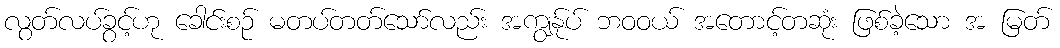
လွတ်လပ်ခွင့်ဟု ခေါင်းစဉ် မတပ်တတ်သော်လည်း အကျွန်ုပ် ဘဝဝယ် အတောင့်တဆုံး ဖြစ်ခဲ့သော အ မြတ်